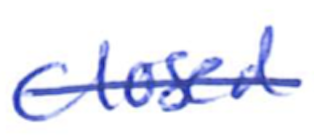
Text: closed
Cross-out: single-line
Writing tool: ballpoint